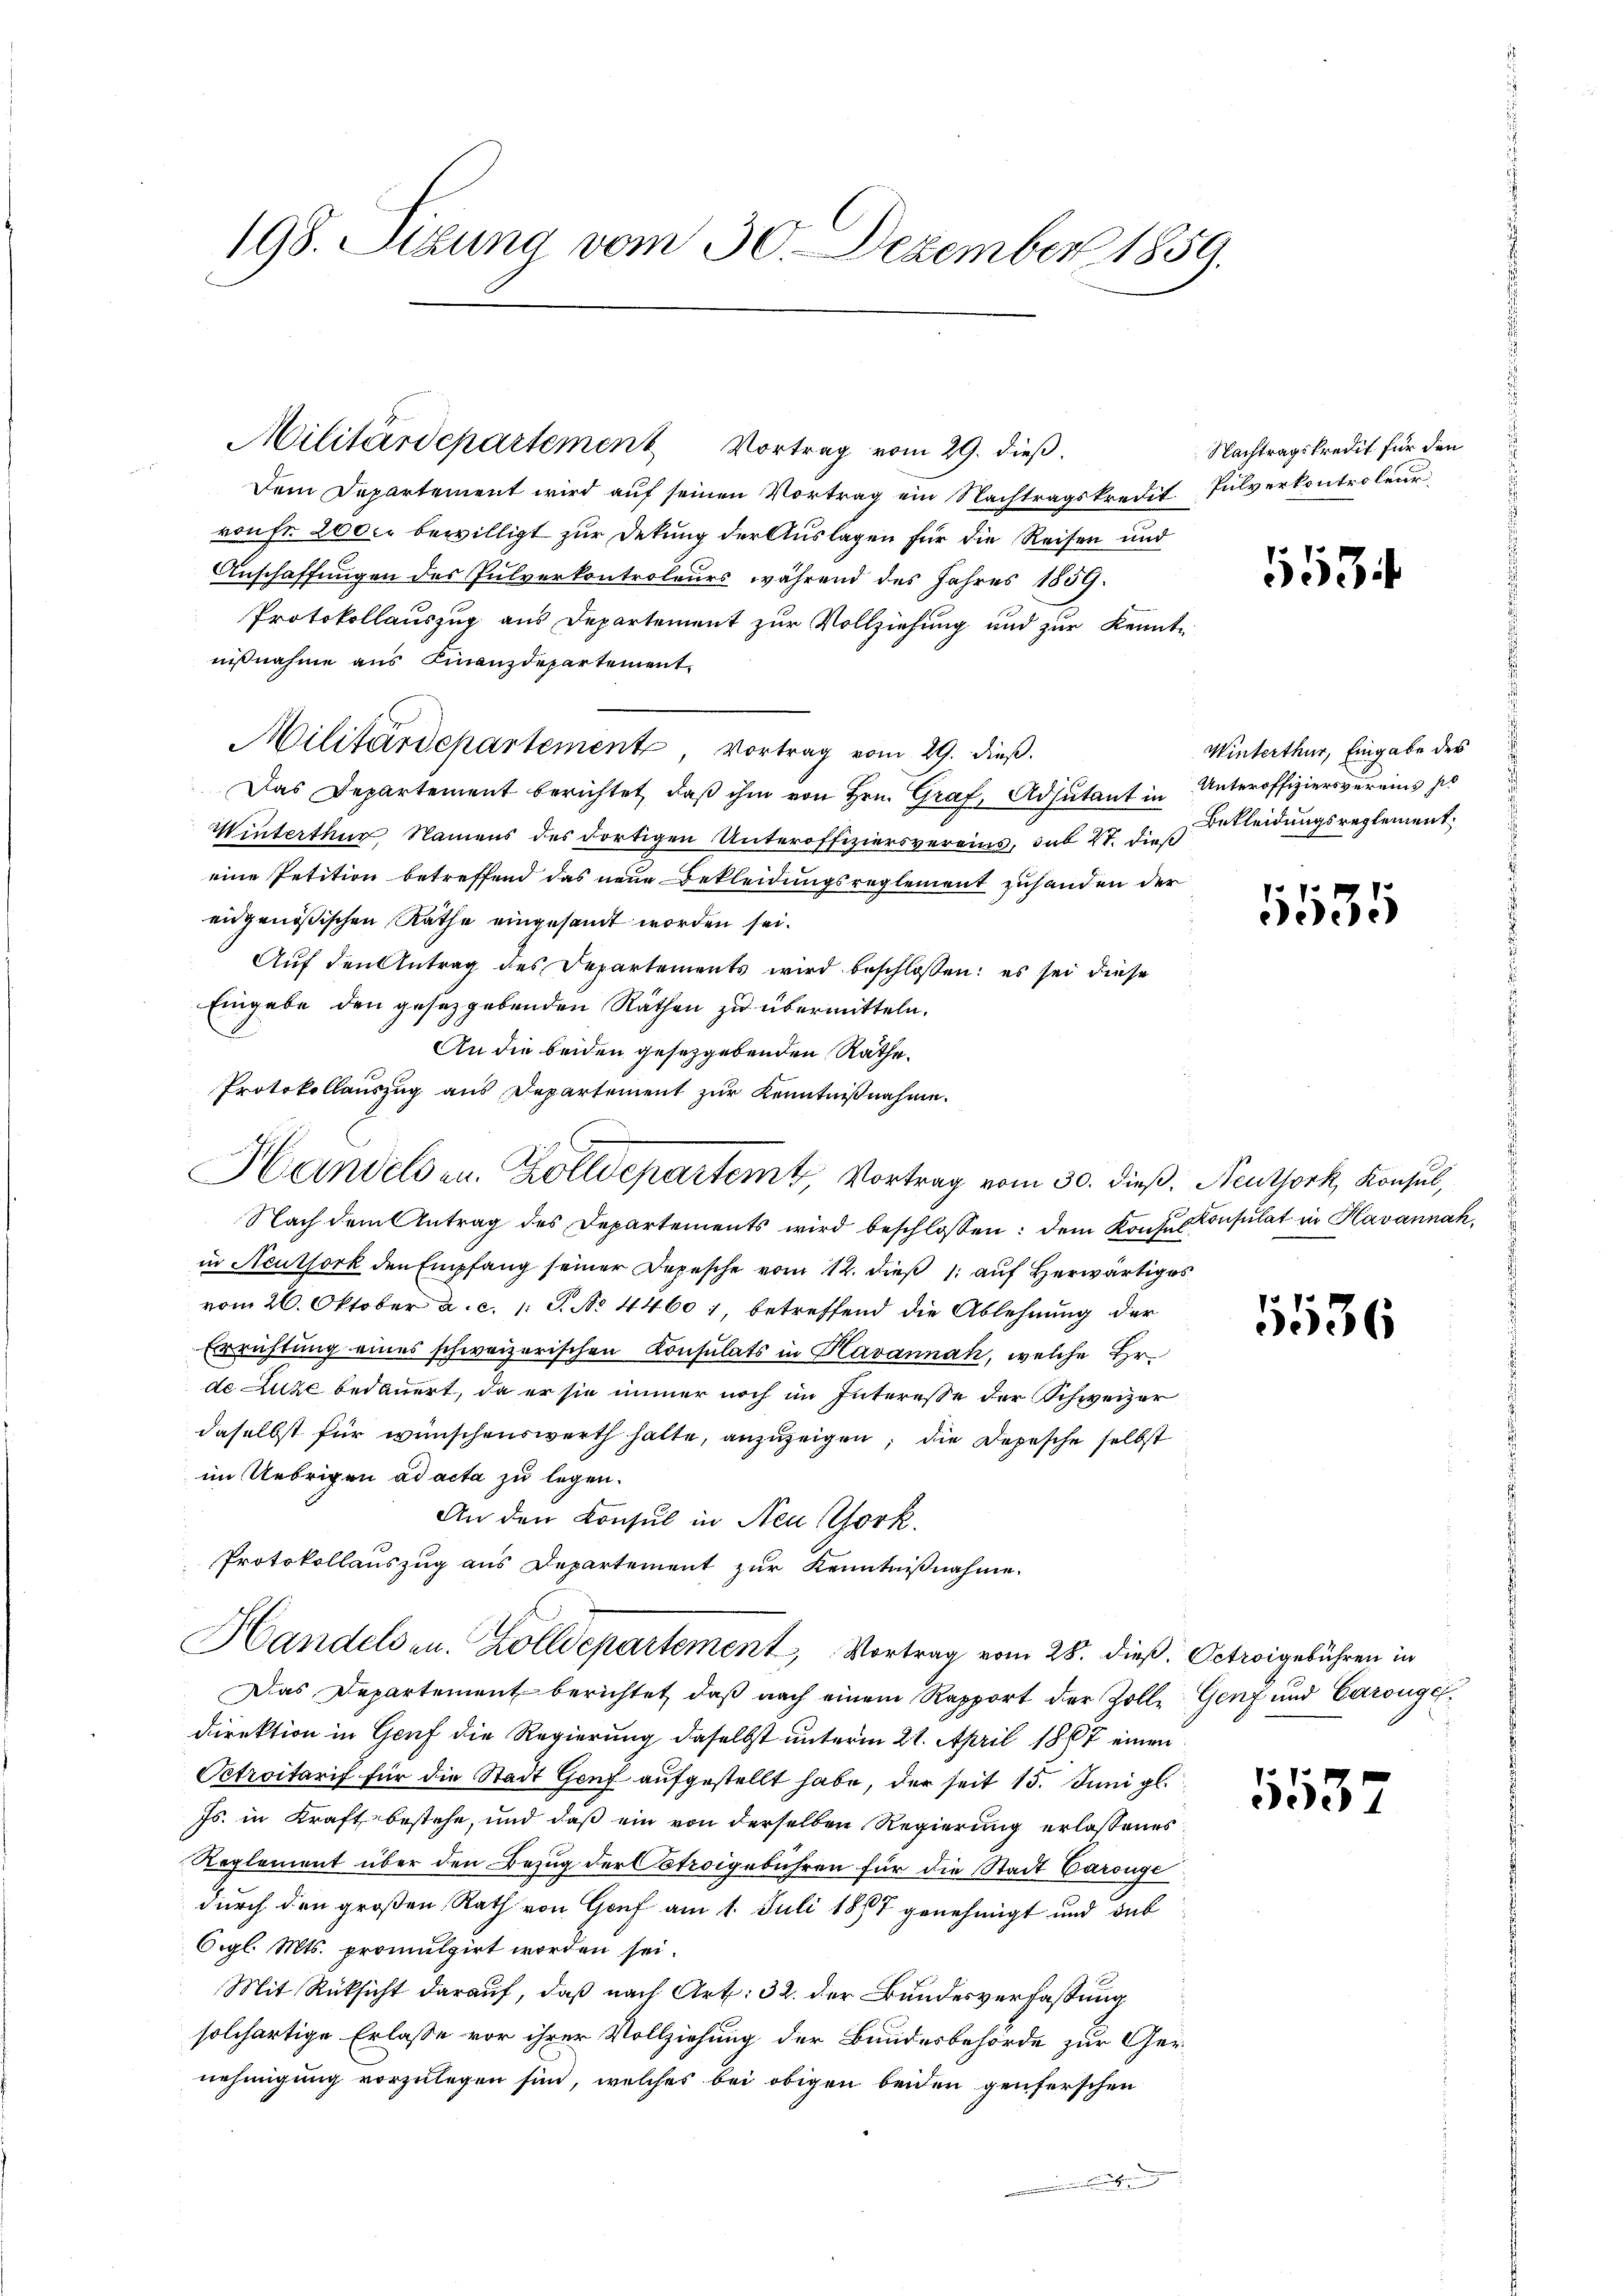
198. Stung vom 30. Dezember 1859.

Militärdepartement Vortrag vom 29. dieß.

Dem Departement wird aŭf seinen Vortrag ein Nachtragskredit. Pulverkontroleur
vonFr. 2000 bewilligt zur Dekung der Auslagen für die Reisen und
Anschaffungen des Pulverkontroleurs während des Jahres 1859.
Protokollauszug aus Departement zur Vollziehung und zur Kenntnißnahme aus Finanzdepartement
Militärdepartement, Vortrag vom 29. dieß.
Das Departement berichtet, daß ihm von Hrn. Graf, Adjutant in Unteroffiziersvereins h
Winterthur Namens des dortigen Unteroffiziersvereins, sub 27. dieß
eine Petition betreffend das neue Bekleidungsreglement zuhanden der
eidgenößischen Rathe eingesandt worden sei.
Auf den Antrag des Departements wird beschlossen: es sei diese
Eingabe den gesetzgebenden Räthen zu übermitteln.
An die beiden gesetzgebenden Rathe.
Protokollauszug aus Departement zur Kenntnißnahme.
Nach dem Antrag des Departements wird beschlossen: dem Konsul Konsulat in Havannah
in Neuthork den Empfang seiner Depesche vom 12. dieß (: auf Herwärtiges
vom 26. Oktober a. c. l. J. No 44601, betreffend die Ablehnung der
Errichtung eines schweizerischen Konsulats in Havannah, welche Hr.
de Luze bedauert, da er sie immer noch im Interesse der Schweizer
daselbst für wünschenswerth halte, anzuzeigen; die Depesche selbst
im Uebrigen ad acta zu legen.
An den Consul in Neu Bork,
Protokollauszug aus Departement zur Kenntnißnahme.
Handelsen. Zolldepartement, Vortrag vom 28. dieß. Octroigebühren in
Das Departement berichtet, daβ nach einem Rapport der Zolle Genf und Carougedirektion in Genf die Regierung daselbst unterm 21. April 1867 einen
Petroitarif für die Stadt Genf aufgestellt habe, der seit 15. Juni gl.
Js. in Kraft bestehe, und daß ein von derselben Regierung erlassenes
Reglement über den Bezug der Cotroigebühren für die Stadt Carouge
durch den großen Rath von Genf am 1. Juli 1877 genehmigt und dab
Oigl. Mts. promulgirt worden sei.
Mit Rüksicht darauf, daß nach Art. 32. der Bundesverfassung
solchartige Erlasse vor ihrer Vollziehung der Bundesbehörde zur Gernehmigung vorzulegen sind, welches bei obigen beiden genferschen
e

Handelsen. Zolldepartemt, Vortrag vom 30. dieß. Neuthork, Konsul,

Nachtragskredit für den

5534

Winterthur, Eingabe des
Bekleidungsreglement,

1535

111136

1537